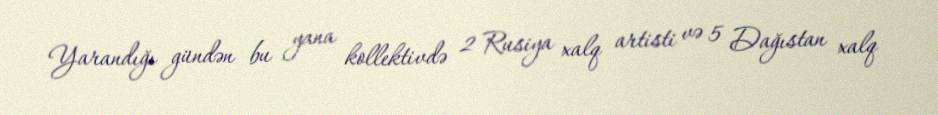
Yarandığı gündən bu yana kollektivdə 2 Rusiya xalq artisti və 5 Dağıstan xalq